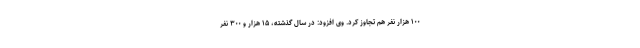
۱۰۰ هزار نفر هم تجاوز کرد. وی افزود: در سال گذشته، ۱۵ هزار و ۳۰۰ نفر